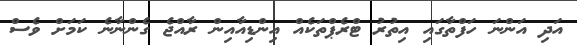
އަދި އަންނަ ހަފްތާގައި އިތުރު ޓްރެޕްތަކެއް އިންޑިއާއިން ރާއްޖެ ގެންނާނެ ކަމަށް ވެސް